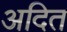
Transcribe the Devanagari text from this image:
अदित